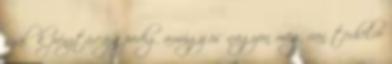
szülők pénztárcája pedig amúgy is nagyon meg van terhelve